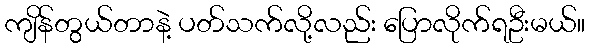
ကျိန်တွယ်တာနဲ့ ပတ်သက်လို့လည်း ပြောလိုက်ရဦးမယ်။